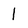
Character: 1